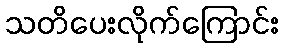
သတိပေးလိုက်ကြောင်း